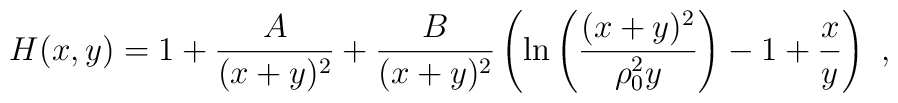
H(x,y) = 1+{A\over (x+y)^2} +{B\over (x+y)^2}\left( \mathrm{ln}\left({(x+y)^2\over \rho_0^2 y}\right)-1+{x \over y}  \right)~,